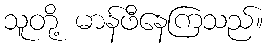
သူတို့ မာန်ဖီနေကြသည်။